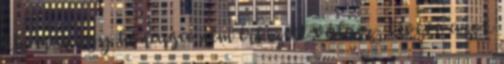
kb. már egy hónapja nem érkezett válasz, kivéve azok